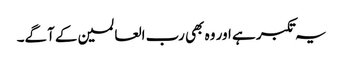
یہ تکبر ہے اور وہ بھی رب العالمین کے آگے۔